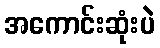
အကောင်းဆုံးပဲ